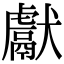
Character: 獻